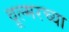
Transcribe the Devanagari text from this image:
वूल्मरच्या